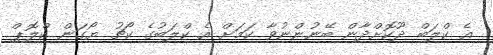
އެ ކްލަބް ދޫކޮށްދާން ބޭނުންނުވާ ކަމަށް އެ ކްލަބުގެ ކޯޗު ޔޯގަން ކްލޮޕް